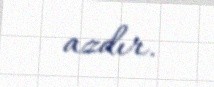
azdır.